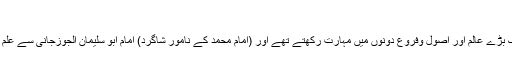
‘‘
’’موصوف ایک بڑے عالم اور اصول وفروع دونوں میں مہارت رکھتے تھے اور (امام محمد کے نامور شاگرد) امام ابو سلیمان الجوزجانی ؒسے علم حاصل کیا تھا۔